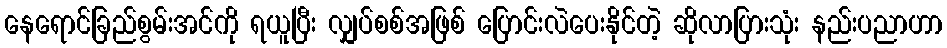
နေရောင်ခြည်စွမ်းအင်ကို ရယူပြီး လျှပ်စစ်အဖြစ် ပြောင်းလဲပေးနိုင်တဲ့ ဆိုလာပြားသုံး နည်းပညာဟာ